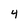
Character: 4